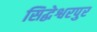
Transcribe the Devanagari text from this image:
सिद्धेश्वरपुर